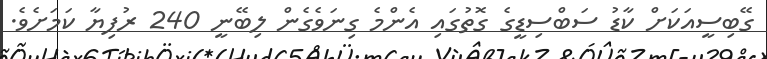
ގޭބިސީއަކަށް ކާޑު ސަބްސިޑީގެ ގޮތުގައި އެންމެ ގިނަވެގެން ލިބޭނީ 240 ރުފިޔާ ކަމަށެވެ.